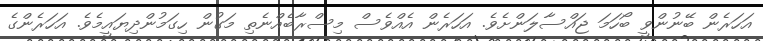
އަހަރެން ބޭނުންވީ ބޯހަމަ ޖައްސާލަންށެވެ. އަހަރެން އެއްވެސް މިސްރާބެއްނެތި މަގުން ހިގަމުންދިޔައީމެވެ. އަހަރެންގެ